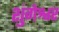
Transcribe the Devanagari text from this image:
शुंगेश्वर